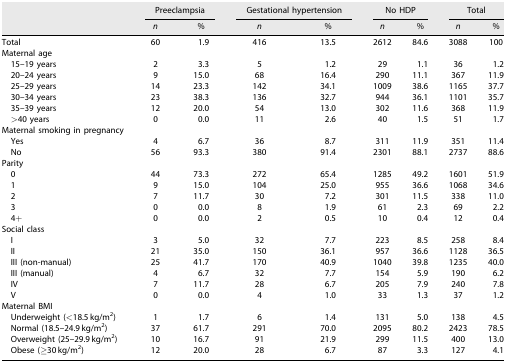
<table><thead><tr><td></td><td colspan="2"><b>Preeclampsia</b></td><td colspan="2"><b>Gestational hypertension</b></td><td colspan="2"><b>No HDP</b></td><td colspan="2"><b>Total</b></td></tr><tr><td></td><td><b><i>n</i></b></td><td><b>%</b></td><td><b><i>n</i></b></td><td><b>%</b></td><td><b><i>n</i></b></td><td><b>%</b></td><td><b><i>n</i></b></td><td><b>%</b></td></tr></thead><tbody><tr><td>Total</td><td>60</td><td>1.9</td><td>416</td><td>13.5</td><td>2612</td><td>84.6</td><td>3088</td><td>100</td></tr><tr><td>Maternal age</td><td></td><td></td><td></td><td></td><td></td><td></td><td></td><td></td></tr><tr><td>15–19 years</td><td>2</td><td>3.3</td><td>5</td><td>1.2</td><td>29</td><td>1.1</td><td>36</td><td>1.2</td></tr><tr><td>20–24 years</td><td>9</td><td>15.0</td><td>68</td><td>16.4</td><td>290</td><td>11.1</td><td>367</td><td>11.9</td></tr><tr><td>25–29 years</td><td>14</td><td>23.3</td><td>142</td><td>34.1</td><td>1009</td><td>38.6</td><td>1165</td><td>37.7</td></tr><tr><td>30–34 years</td><td>23</td><td>38.3</td><td>136</td><td>32.7</td><td>944</td><td>36.1</td><td>1101</td><td>35.7</td></tr><tr><td>35–39 years</td><td>12</td><td>20.0</td><td>54</td><td>13.0</td><td>302</td><td>11.6</td><td>368</td><td>11.9</td></tr><tr><td>&gt;40 years</td><td>0</td><td>0.0</td><td>11</td><td>2.6</td><td>40</td><td>1.5</td><td>51</td><td>1.7</td></tr><tr><td>Maternal smoking in pregnancy</td><td></td><td></td><td></td><td></td><td></td><td></td><td></td><td></td></tr><tr><td>Yes</td><td>4</td><td>6.7</td><td>36</td><td>8.7</td><td>311</td><td>11.9</td><td>351</td><td>11.4</td></tr><tr><td>No</td><td>56</td><td>93.3</td><td>380</td><td>91.4</td><td>2301</td><td>88.1</td><td>2737</td><td>88.6</td></tr><tr><td>Parity</td><td></td><td></td><td></td><td></td><td></td><td></td><td></td><td></td></tr><tr><td>0</td><td>44</td><td>73.3</td><td>272</td><td>65.4</td><td>1285</td><td>49.2</td><td>1601</td><td>51.9</td></tr><tr><td>1</td><td>9</td><td>15.0</td><td>104</td><td>25.0</td><td>955</td><td>36.6</td><td>1068</td><td>34.6</td></tr><tr><td>2</td><td>7</td><td>11.7</td><td>30</td><td>7.2</td><td>301</td><td>11.5</td><td>338</td><td>11.0</td></tr><tr><td>3</td><td>0</td><td>0.0</td><td>8</td><td>1.9</td><td>61</td><td>2.3</td><td>69</td><td>2.2</td></tr><tr><td>4+</td><td>0</td><td>0.0</td><td>2</td><td>0.5</td><td>10</td><td>0.4</td><td>12</td><td>0.4</td></tr><tr><td>Social class</td><td></td><td></td><td></td><td></td><td></td><td></td><td></td><td></td></tr><tr><td>I</td><td>3</td><td>5.0</td><td>32</td><td>7.7</td><td>223</td><td>8.5</td><td>258</td><td>8.4</td></tr><tr><td>II</td><td>21</td><td>35.0</td><td>150</td><td>36.1</td><td>957</td><td>36.6</td><td>1128</td><td>36.5</td></tr><tr><td>III (non‐manual)</td><td>25</td><td>41.7</td><td>170</td><td>40.9</td><td>1040</td><td>39.8</td><td>1235</td><td>40.0</td></tr><tr><td>III (manual)</td><td>4</td><td>6.7</td><td>32</td><td>7.7</td><td>154</td><td>5.9</td><td>190</td><td>6.2</td></tr><tr><td>IV</td><td>7</td><td>11.7</td><td>28</td><td>6.7</td><td>205</td><td>7.9</td><td>240</td><td>7.8</td></tr><tr><td>V</td><td>0</td><td>0.0</td><td>4</td><td>1.0</td><td>33</td><td>1.3</td><td>37</td><td>1.2</td></tr><tr><td>Maternal BMI</td><td></td><td></td><td></td><td></td><td></td><td></td><td></td><td></td></tr><tr><td>Underweight (&lt;18.5 kg/m<sup>2</sup>)</td><td>1</td><td>1.7</td><td>6</td><td>1.4</td><td>131</td><td>5.0</td><td>138</td><td>4.5</td></tr><tr><td>Normal (18.5–24.9 kg/m<sup>2</sup>)</td><td>37</td><td>61.7</td><td>291</td><td>70.0</td><td>2095</td><td>80.2</td><td>2423</td><td>78.5</td></tr><tr><td>Overweight (25–29.9 kg/m<sup>2</sup>)</td><td>10</td><td>16.7</td><td>91</td><td>21.9</td><td>299</td><td>11.5</td><td>400</td><td>13.0</td></tr><tr><td>Obese (≥30 kg/m<sup>2</sup>)</td><td>12</td><td>20.0</td><td>28</td><td>6.7</td><td>87</td><td>3.3</td><td>127</td><td>4.1</td></tr></tbody></table>